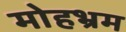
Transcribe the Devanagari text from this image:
मोहभ्रम